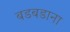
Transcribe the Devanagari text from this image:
बडबडाना